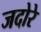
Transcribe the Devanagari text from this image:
जदोरे